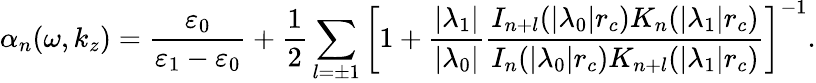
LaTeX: \alpha_{n}(\omega,k_{z})=\frac{\varepsilon_{0}}{\varepsilon_{1}-\varepsilon_{0}}+\frac{1}{2}\sum_{l=\pm 1}\left[1+\frac{|\lambda_{1}|}{|\lambda_{0}|}\frac{I_{n+l}(|\lambda_{0}|r_{c})K_{n}(|\lambda_{1}|r_{c})}{I_{n}(|\lambda_{0}|r_{c})K_{n+l}(|\lambda_{1}|r_{c})}\right]^{-1}.